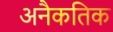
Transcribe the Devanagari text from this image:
अनैकतिक